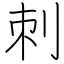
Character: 刺